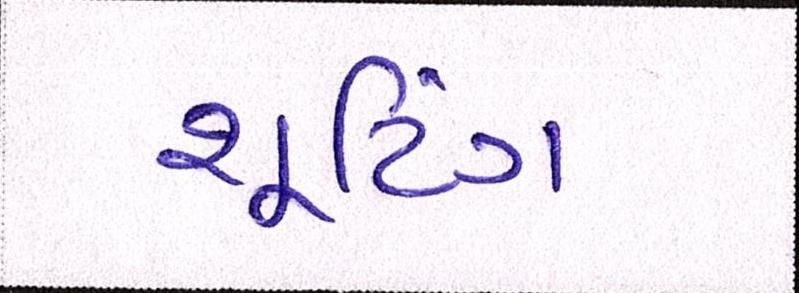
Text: શૂટિંગ